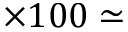
\times 1 0 0 \simeq